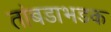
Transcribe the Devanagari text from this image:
तांबडाभडक